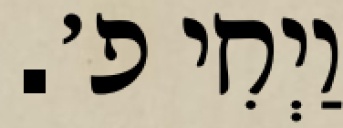
וַיְחִי פ׳.